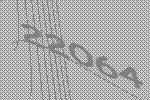
22064